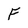
Character: F